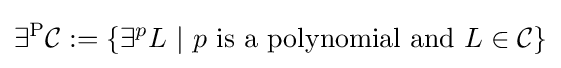
\exists ^{\mathrm {P} }{\mathcal {C}}:=\left\{\exists ^{p}L\ |\ p{\text{ is a polynomial and }}L\in {\mathcal {C}}\right\}